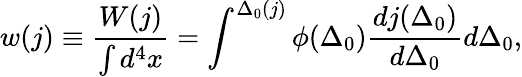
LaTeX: w(j)\equiv\frac{W(j)}{\int d^{4}x}=\int^{\Delta_{0}(j)}\phi(\Delta_{0})\frac{dj(\Delta_{0})}{d\Delta_{0}}d\Delta_{0},